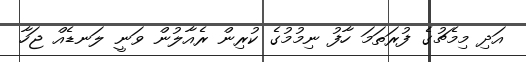
އަދި މިމެޗުގެ ފުރަތަމަ ހާފު ނިމުމުގެ ކުރިން ރެއާލުން ވަނީ ލަނޑެއް ޖަހާ